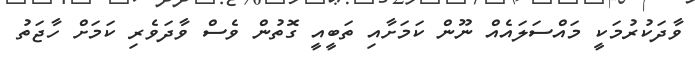
ވާދަކުރުމަކީ މައްސަލައެއް ނޫން ކަމަށާއި ތަބީއީ ގޮތުން ވެސް ވާދަވެރި ކަމަށް ހާޖަތު